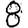
Digit: 8